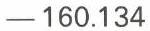
-160.134